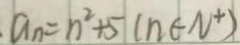
a _ { n } = n ^ { 2 } + 5 ( n \in N ^ { + } )